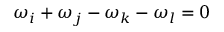
\omega _ { i } + \omega _ { j } - \omega _ { k } - \omega _ { l } = 0